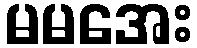
မမအေး